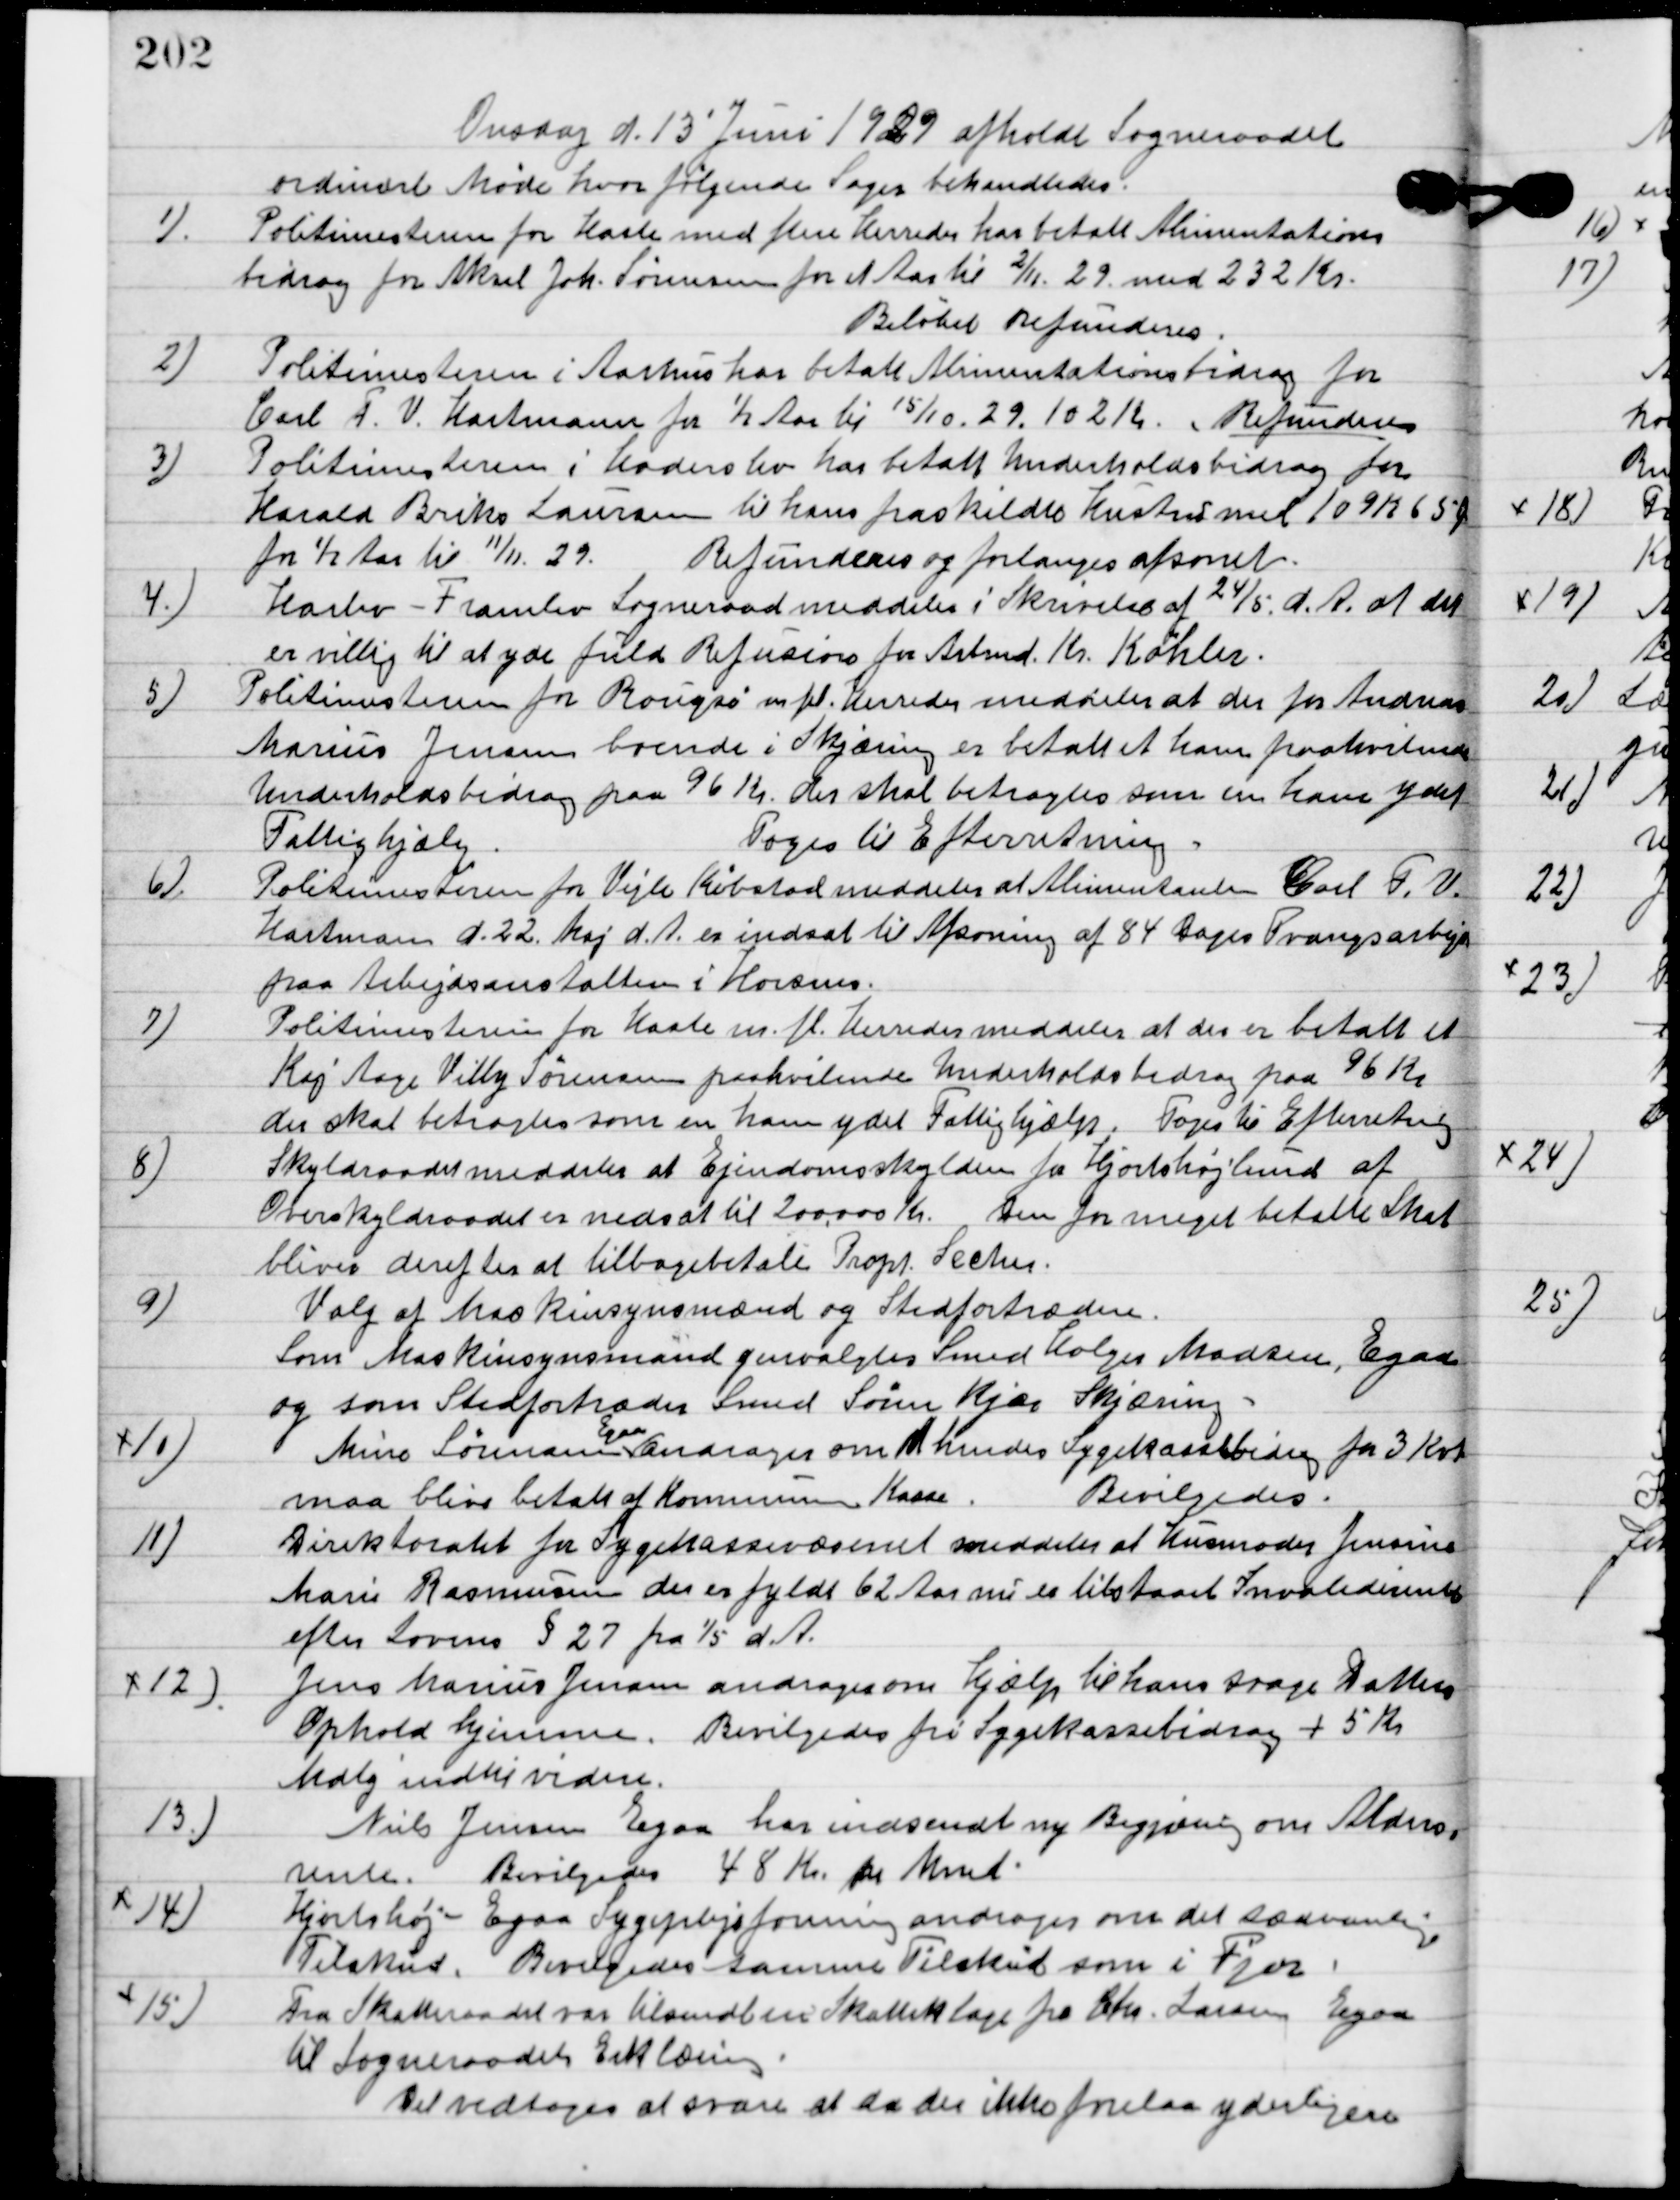
Transskription:
Onsdag d. 13. Juni 1929 afholdt sognerådet
ordinært Møde hvor følgende sager behandledes.

1

Politimesteren fra Hasle med flere Herreds har betalt Alimentations-
bidrag for Aksel Joh. Sørensen for et Aar til 2/11 29. med 232 Kr.
Beløbet Refunderes.

2

Politimesteren i Aarhus har betalt Alimentationsbidrag for
Carl F. V. Hartmann for ½ Aar til 15/10-29. 102 Kr.
Refunderes.

3

Politimesteren i Haderslev har betalt Underholdsbidrag for
Harald Briks Laursen til hans fraskildte Hustru med 109 kr. 65 øre
 fra ½ Ars til 11/11-29
Refunderes og forlanges afsonet.

4

Harlev-Framlev Sogneraad meddeler i Skrivelse fra 24/5 d. A. at det
er villig til at yde fuld Refusion for Arbmd. Kr. Køhler.

5

Politimesteren i Rougsø m.fl. sender meddelelse at der for Anders
Marius Jensen boende i Skjæring er betalt et ham paahvilende
Underholdsbidrag paa 96 Kr. der skal betales som en ham ydet
Fattighjælp.
Toges til Efterretning.

6

Politimesteren fra Vejle Købstad meddeles at Alimentanten Carl F. V.
Hartmann d. 22. Maj d. A. er indsat til Afsoning af 84 Dages Tvangsarbejde
paa Arbejdsanstalten i Horsens.

7

Politimesteren fra Hasle m. f. Herreds meddeler at der er betalt et
Kaj Aage Villy Sørensen paahvilende Underholdsbidrag paa 96 Kr.
der skal betragtes som en ham ydet fattighjælp.
Toges til Efterretning.

8

Skatteraadsmeddelelse at Ejendomsskylden fra Hjortshøjlund af
Overskyldsraadet er nedsat til 200.000 Kr. Den for meget betalte skat
bliver derefter at tilbagebetale Propt. Secher.

9

Valg af Maskinsynsmænd og Stedfortræderne.
Som Maskinsynsmand genvalgtes Svend Holger Madsen, Egaa
og som stedfortræder Svend Søren Kjær, Skjæring.

10

Mine Sørensen Egaa andrager om hendes sygekassebidrag for 3. Kvartal
maa blive betalt af kommunens Kasse.
Bevilgedes.

11

Direktoratet for Sygekassevæsenet meddeler at husmoder Jensine
Marie Rasmussen der er fyldt 62 Aar nu er tilstaaet Invaliderente
efter lovens § 27 fra 1/5 d. a.

12

Jens Marius Jensen andrager om hjælp til hans svage Datters 
Ophold hjemme. Bevilgedes fra Sygekassebidrag + 5 kr. 
Mdlg indtil videre.

13

Niels Jensen Egaa har indsendt ny Begjæring om Alders-
rente.
Bevilgedes 48 Kr. pr. Mrnd.

14

Hjortshøj Egaa Sygeplejeforening andrager om det sædvanlige
Tilskud.
Bevilgedes samme Tilskuds om i Fjor.

15

Fra Skatteraadet var tilsendt en skatteklage fra Chr. Larsen Egaa
til Sogneraadets erklæring.
Det vedtoges at svare at da der ikke forelaa yderligere